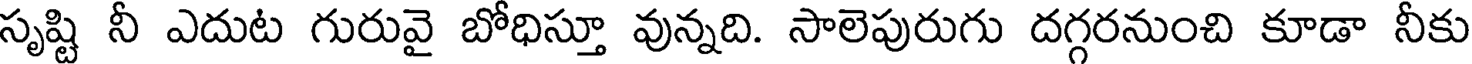
సృష్టి నీ ఎదుట గురువై బోధిస్తూ వున్నది. సాలెపురుగు దగ్గరనుంచి కూడా నీకు